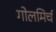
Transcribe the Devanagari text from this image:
गोलमिर्च